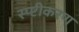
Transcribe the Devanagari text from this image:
स्प्ष्टीकरण